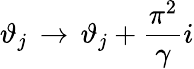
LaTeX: \vartheta_{j}\, \rightarrow\, \vartheta_{j}+\displaystyle\frac{\pi^{2}}{\gamma}i